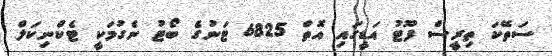
ސަތޭކަ ތިރީސް ފޫޓު އަޑީގައި އޮތް 6825 ޓަނުގެ ބޯޓު ނެގުމަކީ ޓެކްނިކަލް